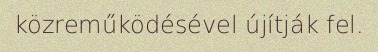
közreműködésével újítják fel.